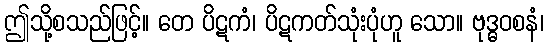
ဤသို့စသည်ဖြင့်။ တေ ပိဋကံ၊ ပိဋကတ်သုံးပုံဟူ သော။ ဗုဒ္ဓဝစနံ၊